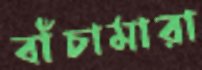
বাঁচামারা